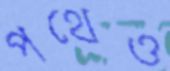
পথেও